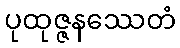
ပုထုဇ္ဇနဿေတံ